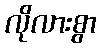
လိုလားစွာ